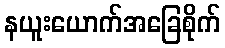
နယူးယောက်အခြေစိုက်